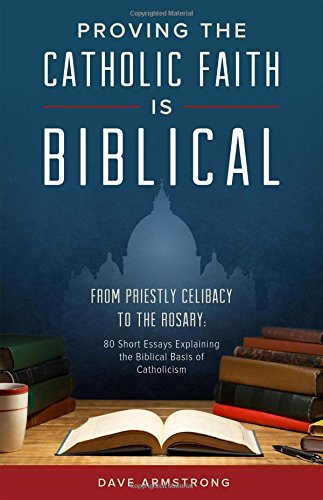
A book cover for Proving the Catholic Faith is Biblical; Dave Armstrong; Christian Books & Bibles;